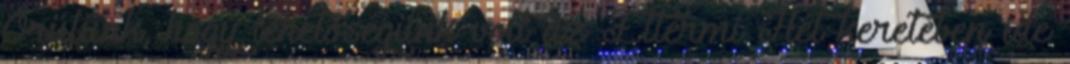
Örülünk, hogy lehetőségünk volt az Éttermi Hét keretében ide